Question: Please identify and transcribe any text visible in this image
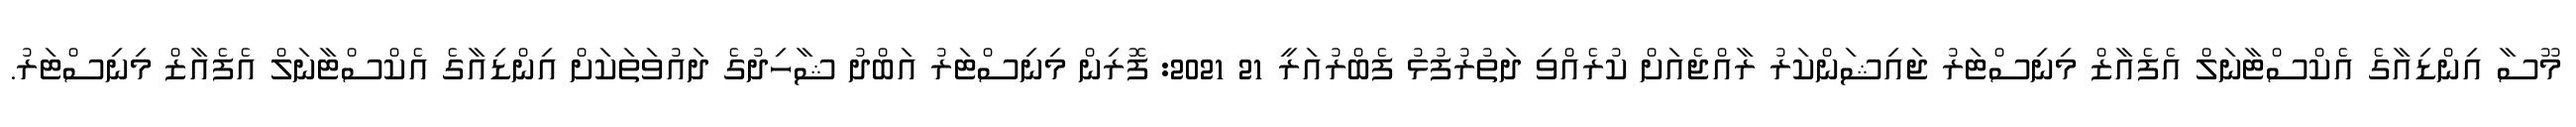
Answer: މޫސާ އިންޑިއާގެ އެކްސްޓާނަލް އެފެއާޒް މިނިސްޓަރު ޖައިޝަންކަރު ރާއްޖެއަށް ކުރެއްވި ދަތުރުފުޅު ފެބްރުއަރީ 21 2021: ފޮރިން މިނިސްޓަރު އަބްދު ޝާހިދުގެ ދައުވަތަކަށް އިންޑިއާގެ އެކްސްޓާނަލް އެފެއާޒް މިނިސްޓަރު.